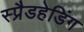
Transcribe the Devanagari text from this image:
स्प्रैडहेडिंग